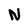
Character: N